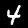
Label: 4